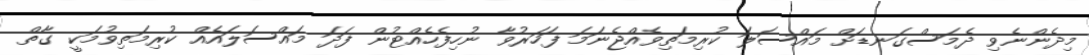
މިދެންނެވި ދެމަސްގަނޑަށް މައްސަލަ ކުރިމަތިވެއްޖެނަމަ ފަހަރުވާ ނުހިފެހެއްޓުން ފަދަ މައްސަލައެއް ކުރިމަތިވުމަކީ ގާތް